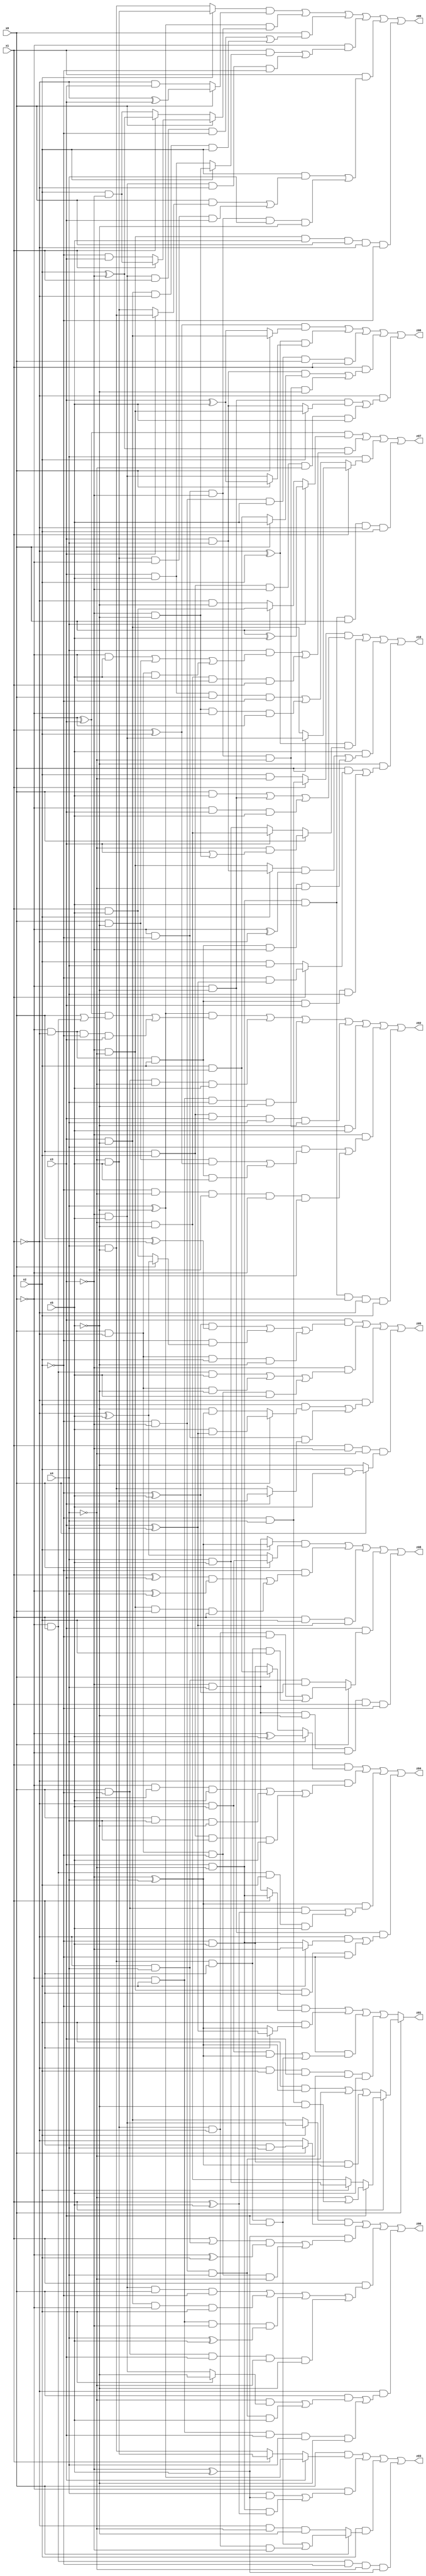
// Benchmark "X_11" written by ABC on Sat Jun 03 18:34:05 2023

module X_11 ( 
    x0, x1, x2, x3, x4, x5,
    z00, z01, z02, z03, z04, z05, z06, z07, z08, z09, z10  );
  input  x0, x1, x2, x3, x4, x5;
  output z00, z01, z02, z03, z04, z05, z06, z07, z08, z09, z10;
  assign z00 = ((x2 ? (~x3 & x5) : (x3 & ~x5)) & (x0 ? (x1 & x4) : ~x1)) | ((~x3 ^ x5) & (((x1 | (~x1 & x4)) & (~x0 ^ x2)) | (x0 & ~x1 & ~x2 & ~x4))) | (x1 & ((~x3 & x5 & x0 & ~x2) | (x3 & ~x5 & ~x0 & x2) | (~x0 & x2 & ~x3 & (x4 ^ x5)) | (x0 & ~x2 & x3 & ~x4 & ~x5))) | (~x1 & ((x0 & ((~x4 & (x2 ? ~x5 : (~x3 & x5))) | (~x2 & ~x3 & x4 & x5))) | (~x0 & x2 & x3 & x4 & ~x5)));
  assign z01 = x0 ? (x1 ? (x3 ? (~x4 | (~x2 & x4 & ~x5)) : (x2 ? (x4 & x5) : (~x4 & ~x5))) : ((x2 & (~x3 ^ x4)) | (~x2 & ~x3 & x4) | (~x2 & x5 & (~x3 ^ x4)))) : ((~x2 & (x1 ? (x3 & ~x4) : (~x3 & x4))) | (x2 & (x1 ? (x3 ^ x4) : (~x3 ^ x4))) | (~x2 & ((~x1 & x5 & (~x3 ^ x4)) | (x4 & ~x5 & x1 & x3))) | (~x1 & x2 & x3 & ~x4 & x5));
  assign z02 = ((x4 ^ ~x5) & (((x2 ^ x3) & (x0 | (~x0 & x1))) | (~x0 & ~x1 & ~x2 & x3))) | (x0 & ~x2 & ~x4 & x5) | (~x0 & x2 & x4 & ~x5) | (x0 & x2 & x3 & x4 & ~x5) | (~x0 & ~x2 & ~x3 & ~x4 & x5) | (~x3 & ((x4 & ((x0 & ~x5 & (x1 ^ x2)) | (~x0 & ~x1 & x2 & x5))) | (~x2 & ~x4 & ~x5 & ~x0 & x1))) | (x3 & ~x4 & x5 & ~x0 & ~x1 & x2);
  assign z03 = (x0 & (x3 ? (x4 ^ ~x5) : (x1 ? (~x4 & x5) : (x4 & ~x5)))) | (~x0 & ((x4 & (~x3 ^ x5)) | (x3 & ~x4 & (x1 ^ x5)))) | (x2 & (x0 ? ((x4 & ~x5 & x1 & x3) | (~x4 & x5 & ~x1 & ~x3)) : (~x1 & ~x4 & ~x5))) | (~x0 & x1 & ~x2 & ~x4 & (~x3 ^ x5));
  assign z04 = (x1 & (x4 ? (~x0 ^ x5) : (x0 ? (x2 & ~x5) : (~x2 & x5)))) | (~x1 & ((~x0 & ~x4 & x5) | (x0 & x4 & ~x5) | (x0 & x2 & x4 & x5))) | ((~x3 ^ x4) & ((x0 & ~x2 & (x1 ^ x5)) | (~x0 & x1 & x2 & x5))) | (~x0 & ~x5 & ((~x1 & (x2 ? ~x3 : (x3 & ~x4))) | (~x3 & ~x4 & x1 & ~x2)));
  assign z05 = (x3 & (((~x2 ^ x5) & (x0 ^ ~x1)) | (~x2 & (x0 ? (~x1 ^ x5) : (x1 & x5))) | (x0 & ~x1 & x2 & ~x5))) | (~x3 & ((~x0 & x1 & x5) | (x0 & ~x1 & ~x5) | (x0 & ~x1 & ~x2 & x5))) | (~x1 & ((x2 & (x0 ? (x5 & (x3 ^ x4)) : (~x5 & (~x3 ^ x4)))) | (~x0 & ~x2 & (x3 ? (~x4 & x5) : (x4 & ~x5))))) | (x1 & ~x3 & ~x4 & (x0 ? (x2 & x5) : ~x5));
  assign z06 = ((x1 ^ x2) & (x0 ? (x3 & ~x5) : (x3 ^ x5))) | ((~x1 ^ x2) & (x0 ? (x3 ^ x5) : (~x3 & x5))) | (~x2 & ~x3 & x5 & x0 & x1) | (x1 & ((x3 & x4 & (x0 ? x5 : (x2 & ~x5))) | (~x0 & ~x2 & ~x3 & ~x4 & ~x5))) | (~x1 & ((~x0 & ~x5 & (x2 ? (~x3 & ~x4) : (x3 & x4))) | (x0 & x2 & ~x3 & ~x4 & x5)));
  assign z07 = ((x2 ^ x3) & (x4 ? (x0 ^ x5) : (x0 ? (x1 & x5) : (~x1 & ~x5)))) | ((x2 ^ ~x3) & ((x4 & ((~x0 & x5) | (x0 & ~x5) | (x0 & ~x1 & x5))) | (~x4 & ~x5 & ~x0 & x1))) | (x4 & (x1 ? (x0 ? (~x3 & x5) : (x3 & ~x5)) : ((x3 & x5 & x0 & ~x2) | (~x3 & ~x5 & ~x0 & x2)))) | (x3 & ~x4 & x5 & x0 & ~x1 & x2);
  assign z08 = ((x2 ? (~x3 ^ x4) : (~x3 & x4)) & (x0 ? (~x1 & x5) : (~x1 ^ x5))) | (~x2 & (((x1 ^ x3) & (~x0 ^ x4)) | (~x3 & ~x4 & x0 & x1))) | (x1 & x2 & (x3 ^ x4)) | (x3 & (x0 ? ((~x4 & x5 & ~x1 & ~x2) | (x4 & ~x5 & x1 & x2)) : (~x1 & x4 & (~x2 ^ x5)))) | (~x3 & x4 & ~x5 & ~x0 & x1 & ~x2);
  assign z09 = ((x2 ? (~x4 & x5) : (x4 & ~x5)) & (x0 ? (~x1 ^ x3) : (~x1 & x3))) | ((x4 ^ ~x5) & (x0 ? (x1 ? (x2 & ~x3) : (~x2 & x3)) : (x1 ? (x2 ^ ~x3) : (x2 & ~x3)))) | (x0 & ((~x3 & x5 & x1 & ~x2) | (x3 & ~x5 & ~x1 & x2))) | (~x0 & ((x1 & (x2 ? (~x3 & ~x5) : (x3 & x5))) | (~x3 & x5 & ~x1 & ~x2))) | (x1 & ((x2 & ((x0 & (x3 ? (x4 & ~x5) : (~x4 & x5))) | (~x4 & x5 & ~x0 & x3))) | (~x0 & ~x2 & ~x3 & x4 & ~x5))) | (~x3 & ~x4 & x5 & x0 & ~x1 & ~x2);
  assign z10 = ((x1 ? (~x2 & x4) : (x2 & ~x4)) & ((x0 & x5) | (~x0 & ~x5) | (~x0 & x3 & x5))) | ((~x1 ^ x2) & (x0 ? (~x4 & (x3 | (~x3 & ~x5))) : (x3 ? (~x4 & ~x5) : (x4 & x5)))) | (x5 & (((x2 ? (x3 & x4) : (~x3 & ~x4)) & (~x0 ^ ~x1)) | (~x0 & ~x1 & x2 & ~x3 & ~x4))) | (~x5 & ((x0 & (x1 ? (~x2 & (x3 ^ x4)) : (x2 & x4))) | (~x0 & ~x1 & x2 & x3 & x4)));
endmodule